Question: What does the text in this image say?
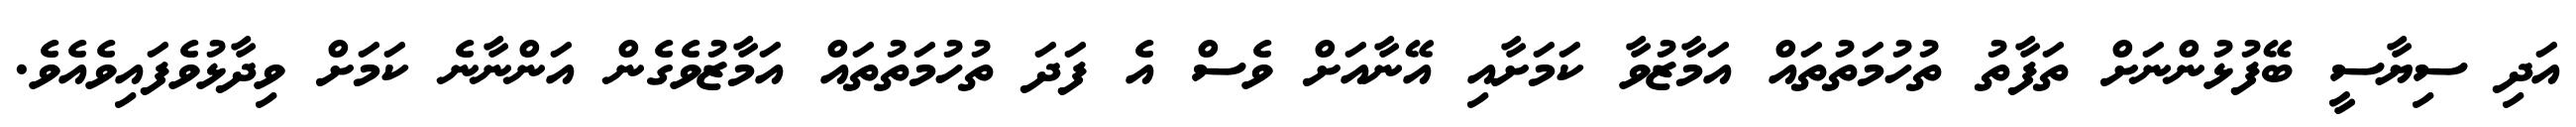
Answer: އަދި ސިޔާސީ ބޭފުޅުންނަށް ތަފާތު ތުހުމަތުތައް އަމާޒުވާ ކަމަށާއި އޭނާއަށް ވެސް އެ ފަދަ ތުހުމަތުތައް އަމާޒުވެގެން އަންނާނެ ކަމަށް ވިދާޅުވެފައިވެއެވެ.